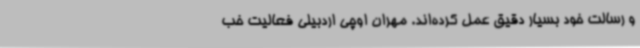
و رسالت خود بسیار دقیق عمل کرده‌اند. مهران اوچی اردبیلی فعالیت خب